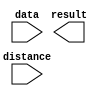
module ALU_SHIFT_RIGHT (
	data,
	distance,
	result);

	input	[31:0]  data;
	input	[4:0]  distance;
	output	[31:0]  result;

endmodule